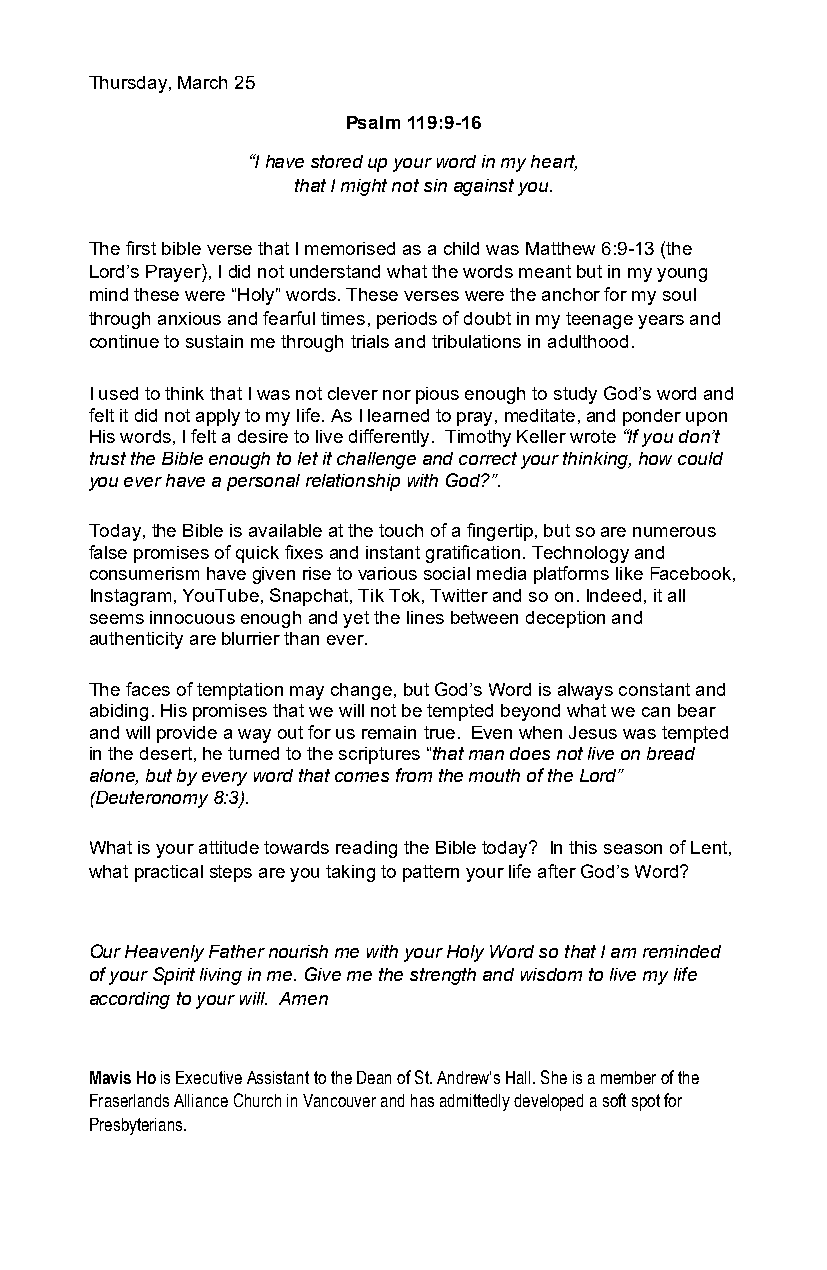
Thursday, March 25
 Psalm 119:9-16
 “I have stored up your word in my heart,
 that I might not sin against you.
 The first bible verse that I memorised as a child was Matthew 6:9-13 (the
 Lord’s Prayer), I did not understand what the words meant but in my young
 mind these were “Holy” words. These verses were the anchor for my soul
 through anxious and fearful times, periods of doubt in my teenage years and
 continue to sustain me through trials and tribulations in adulthood.
 I used to think that I was not clever nor pious enough to study God’s word and
 felt it did not apply to my life. As I learned to pray, meditate, and ponder upon
 His words, I felt a desire to live differently. Timothy Keller wrote “If you don’t
 trust the Bible enough to let it challenge and correct your thinking, how could
 you ever have a personal relationship with God?”.
 Today, the Bible is available at the touch of a fingertip, but so are numerous
 false promises of quick fixes and instant gratification. Technology and
 consumerism have given rise to various social media platforms like Facebook,
 Instagram, YouTube, Snapchat, Tik Tok, Twitter and so on. Indeed, it all
 seems innocuous enough and yet the lines between deception and
 authenticity are blurrier than ever.
 The faces of temptation may change, but God’s Word is always constant and
 abiding. His promises that we will not be tempted beyond what we can bear
 and will provide a way out for us remain true. Even when Jesus was tempted
 in the desert, he turned to the scriptures “that man does not live on bread
 alone, but by every word that comes from the mouth of the Lord”
 (Deuteronomy 8:3).
 What is your attitude towards reading the Bible today? In this season of Lent,
 what practical steps are you taking to pattern your life after God’s Word?
 Our Heavenly Father nourish me with your Holy Word so that I am reminded
 of your Spirit living in me. Give me the strength and wisdom to live my life
 according to your will. Amen
 Mavis Ho is Executive Assistant to the Dean of St. Andrew’s Hall. She is a member of the
 Fraserlands Alliance Church in Vancouver and has admittedly developed a soft spot for
 Presbyterians.